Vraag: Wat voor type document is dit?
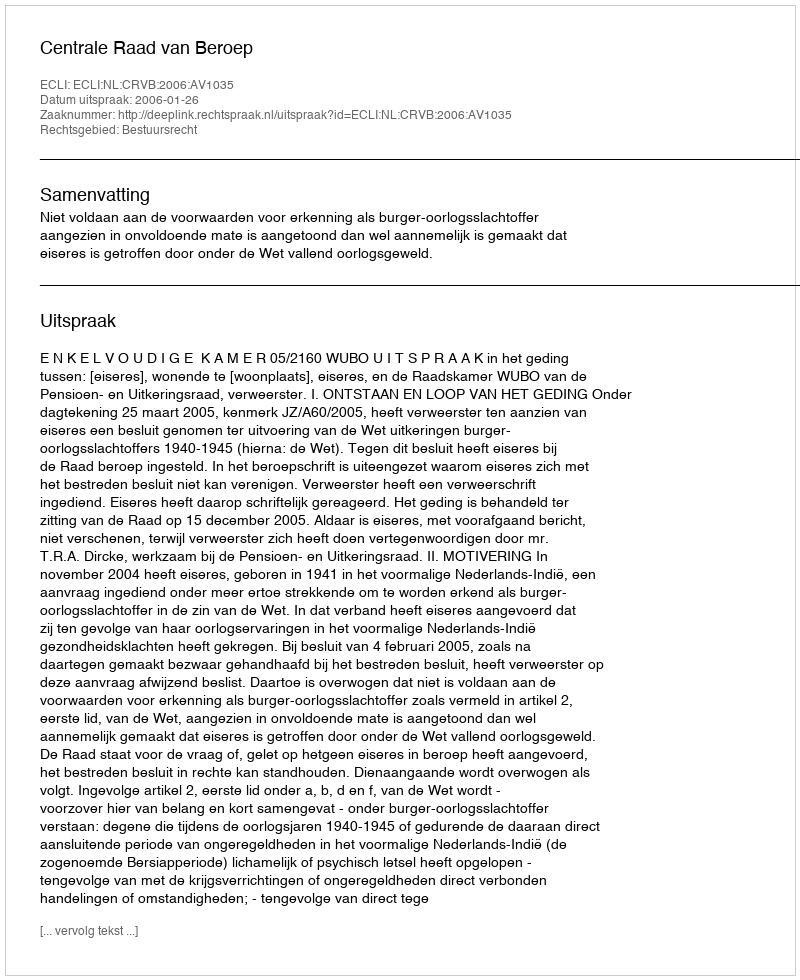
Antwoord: Uitspraak